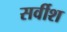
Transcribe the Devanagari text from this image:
सर्वीश